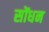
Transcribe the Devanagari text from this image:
सोंधन